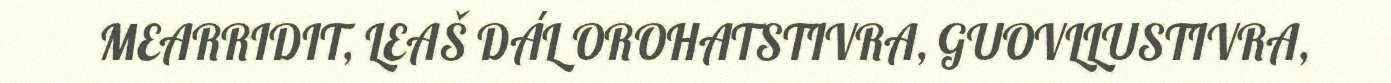
MEARRIDIT, LEAŠ DÁL OROHATSTIVRA, GUOVLLUSTIVRA,